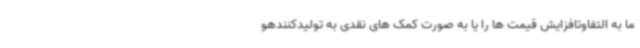
ما به التفاوتافزایش قیمت ها را یا به صورت کمک های نقدی به تولیدکنندهو